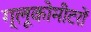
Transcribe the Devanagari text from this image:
ग्लूकोमीटरों